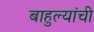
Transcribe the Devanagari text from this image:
बाहुल्यांची